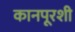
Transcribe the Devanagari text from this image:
कानपूरशी